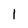
Character: l